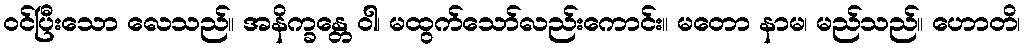
ဝင်ပြီးသော လေသည်။ အနိက္ခန္တေ ဝါ၊ မထွက်သော်လည်းကောင်း။ မတော နာမ၊ မည်သည်။ ဟောတိ၊